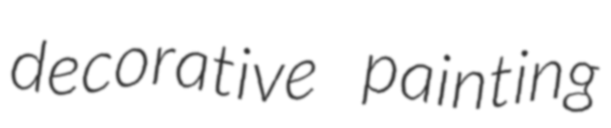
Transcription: decorative painting